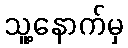
သူ့နောက်မှ